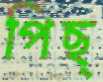
পিছ্‌